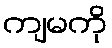
ကျမကို